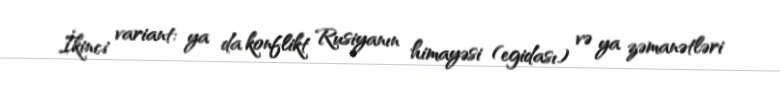
İkinci variant: ya da konflikt Rusiyanın himayəsi (egidası) və ya zəmanətləri